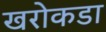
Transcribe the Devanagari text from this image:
खरोकडा